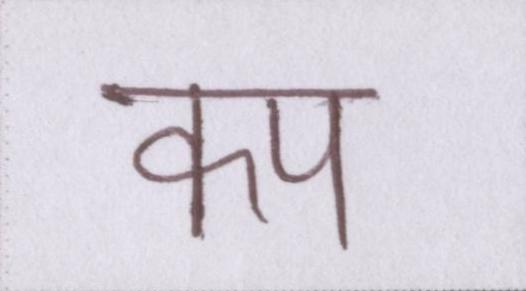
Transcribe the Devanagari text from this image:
कप